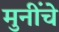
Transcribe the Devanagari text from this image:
मुनींचे